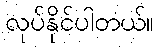
လုပ်နိုင်ပါတယ်။